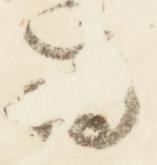
為